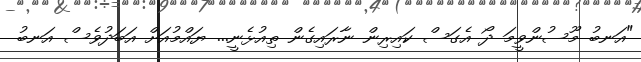
"އަނބު މޫސުންވީމަ ދޯ އެގަސް ކައިރިން ނާރައިގެން ތިއުޅެނީ... ޔައްމުއަށް އަބަދުވެސް އަނބު